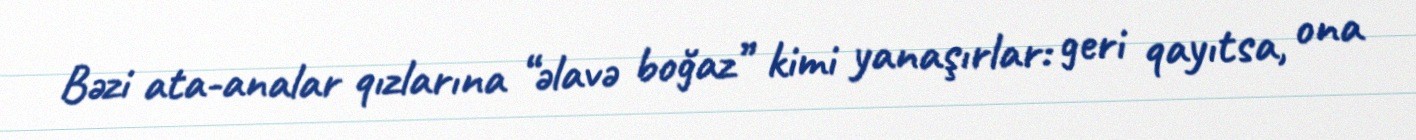
Bəzi ata-analar qızlarına “əlavə boğaz” kimi yanaşırlar: geri qayıtsa, ona